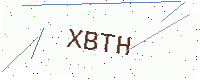
Text: XBTH